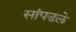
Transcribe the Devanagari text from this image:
सांपडले